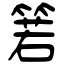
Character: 箬